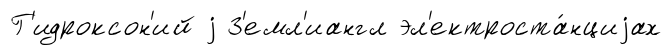
Г'идроксон'ий j З'емл'иангл эл'ектроста́нциjах